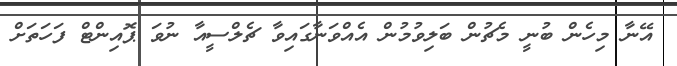
އޭނާ މިހެން ބުނީ މެޗުން ބަލިވުމުން އެއްވަނާގައިވާ ޗެލްސީއާ ނުވަ ޕޮއިންޓް ފަހަތަށް